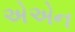
એએન